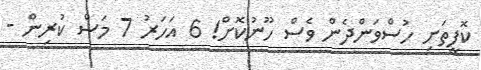
ކޮފީތަށި ހުސްވަންދެން ވެސް ހޫނުކޮށް! 6 އަހަރު 7 މަސް ކުރިން -